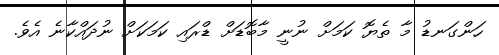
ހަންގަނޑު މާ ތެޔޮ ކަމަށް ނުނީ މާބޮޑަށް ޑްރައި ކަމަކަށް ނުދައްކާނެ އެވެ.